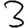
Digit: 3